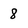
Character: 8